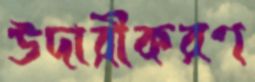
উদারীকরণ